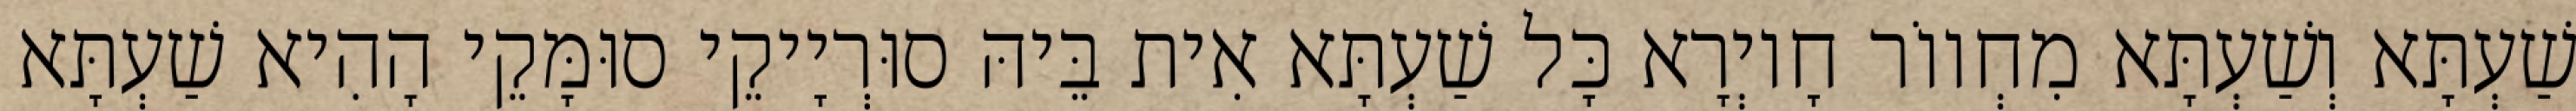
שַׁעְתָּא וְשַׁעְתָּא מִחְווֹר חָיוְרָא כָּל שַׁעְתָּא אִית בֵּיהּ סוּרְיָיקֵי סוּמָּקֵי הָהִיא שַׁעְתָּא